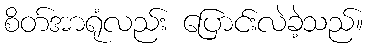
စိတ်အာရုံလည်း ပြောင်းလဲခဲ့သည်။